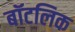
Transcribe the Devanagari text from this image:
बॉटलिक